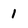
Character: 1